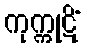
ကုက္ကုဋိံ